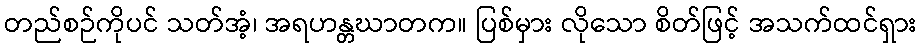
တည်စဉ်ကိုပင် သတ်အံ့၊ အရဟန္တဃာတက။ ပြစ်မှား လိုသော စိတ်ဖြင့် အသက်ထင်ရှား